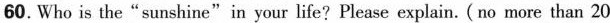
60.Who is the"sunshine"in your life? Please explain. ( no more than 20